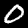
Label: 0